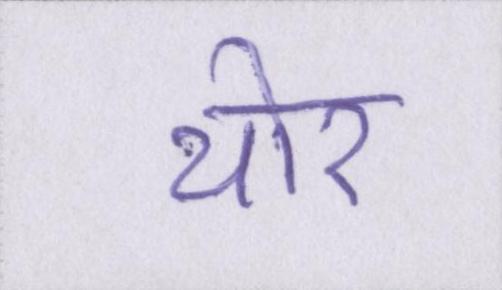
थोर